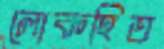
লোকহিত